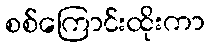
စစ်ကြောင်းထိုးကာ